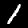
Digit: 1